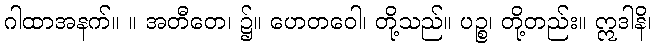
ဂါထာအနက်။ ။ အတီတေ၊ ၌။ ဟေတဝေါ၊ တို့သည်။ ပဉ္စ၊ တို့တည်း။ ဣဒါနိ၊